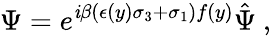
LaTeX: \Psi=e^{\mathit{i}\beta(\epsilon(y)\sigma_{3}+\sigma_{1})f(y)}\hat{{\Psi}}\ ,